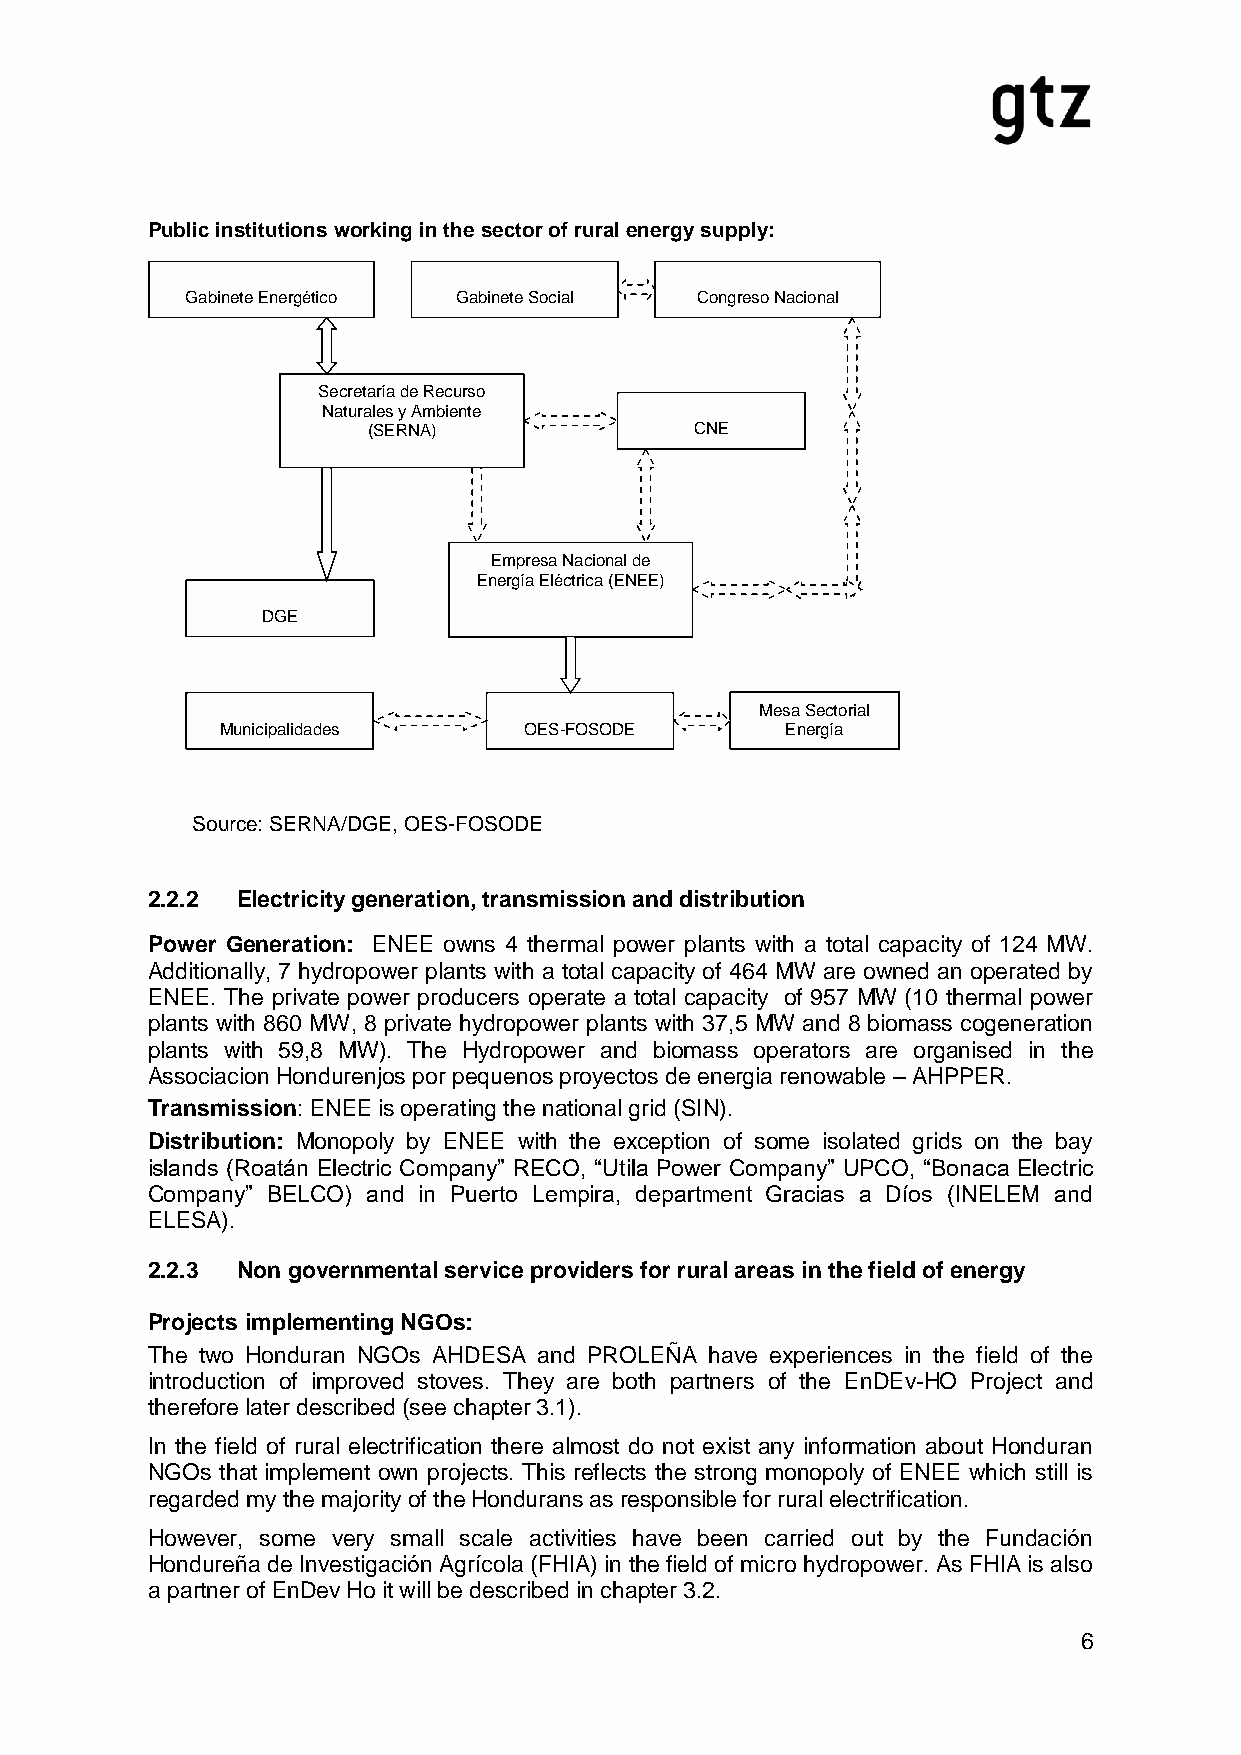
Public institutions working in the sector of rural energy supply:
 Gabinete Energético Gabinete Social Congreso Nacional
 Secretaría de Recurso
 Naturales y Ambiente
 (SERNA)               CNE
 Empresa Nacional de
 Energía Eléctrica (ENEE)
 DGE
 Mesa Sectorial
 Municipalidades     OES-FOSODE       Energía
 Source: SERNA/DGE, OES-FOSODE
 2.2.2 Electricity generation, transmission and distribution
 Power Generation: ENEE owns 4 thermal power plants with a total capacity of 124 MW.
 Additionally, 7 hydropower plants with a total capacity of 464 MW are owned an operated by
 ENEE. The private power producers operate a total capacity of 957 MW (10 thermal power
 plants with 860 MW, 8 private hydropower plants with 37,5 MW and 8 biomass cogeneration
 plants with 59,8 MW). The Hydropower and biomass operators are organised in the
 Associacion Hondurenjos por pequenos proyectos de energia renowable – AHPPER.
 Transmission: ENEE is operating the national grid (SIN).
 Distribution: Monopoly by ENEE with the exception of some isolated grids on the bay
 islands (Roatán Electric Company” RECO, “Utila Power Company” UPCO, “Bonaca Electric
 Company” BELCO) and in Puerto Lempira, department Gracias a Díos (INELEM and
 ELESA).
 2.2.3 Non governmental service providers for rural areas in the field of energy
 Projects implementing NGOs:
 The two Honduran NGOs AHDESA and PROLEÑA have experiences in the field of the
 introduction of improved stoves. They are both partners of the EnDEv-HO Project and
 therefore later described (see chapter 3.1).
 In the field of rural electrification there almost do not exist any information about Honduran
 NGOs that implement own projects. This reflects the strong monopoly of ENEE which still is
 regarded my the majority of the Hondurans as responsible for rural electrification.
 However, some very small scale activities have been carried out by the Fundación
 Hondureña de Investigación Agrícola (FHIA) in the field of micro hydropower. As FHIA is also
 a partner of EnDev Ho it will be described in chapter 3.2.
 6